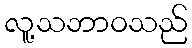
လူ့သဘာဝသည်